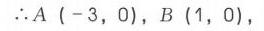
\(\therefore A\ (-3,0),B\ (1,0)\)